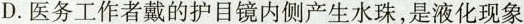
D.医务工作者戴的护目镜内侧产生水珠，是液化现象